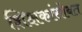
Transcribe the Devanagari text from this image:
शिक्षकांसोबत